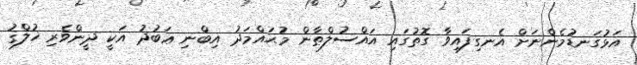
އަޅުގަނޑުމެންނަށް އެނގިފައިވާ ގޮތުގައި އައްސުލްޠާން މުޙައްމަދު އިބްނި ޢަބުދު އަކީ ދީންވެރި ޚުލްޤު